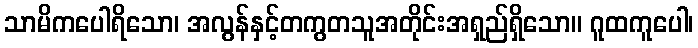
သာမိကပေါရိသော၊ အလွန်နှင့်တကွတသူအတိုင်းအရှည်ရှိသော။ ဂူထကူပေါ၊